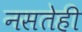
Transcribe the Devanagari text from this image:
नसतेही